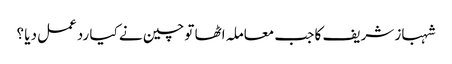
شہباز شریف کا جب معاملہ اٹھا تو چین نے کیا ردعمل دیا ؟